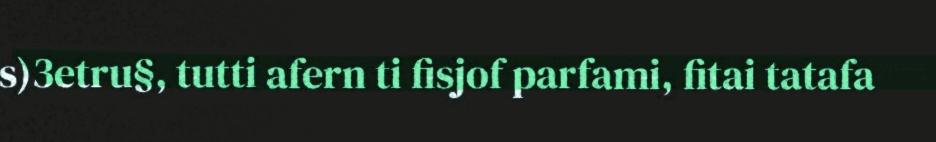
s)3etru§, tutti afern ti fisjof parfami, fitai tatafa